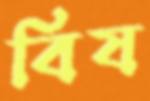
বিষ